[Report on the health of British troops in the Madras command]
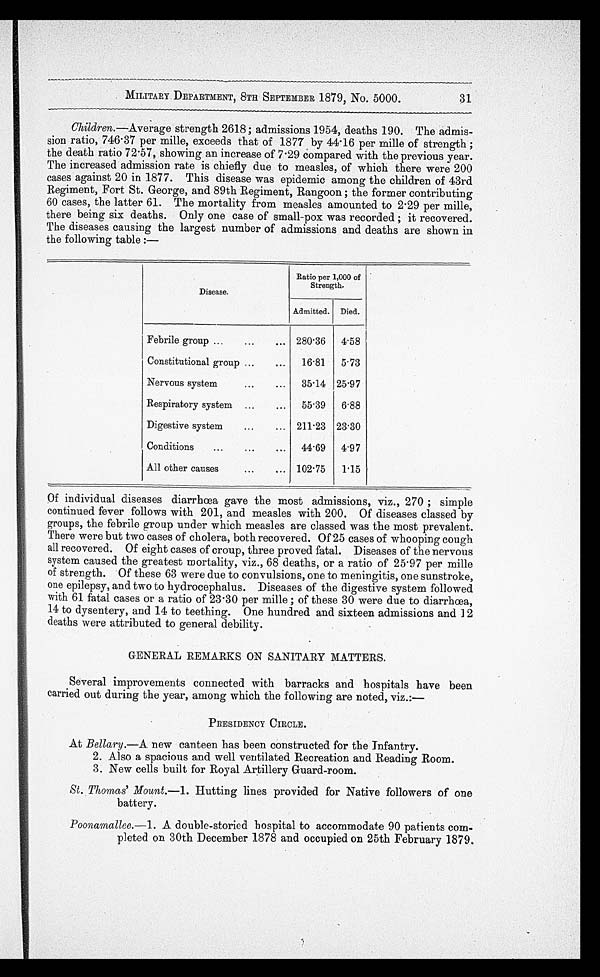
MILITARY DEPARTMENT, 8TH SEPTEMBER 1879, No. 5000.
Children.— Average strength 2618; admissions 1954, deaths 190. The admis
-sion ratio, 746.37 per mille, exceeds that of 1877 by 44.16 per mille of strength;
the death ratio 72.57, showing an increase of 7.29 compared with the previous year.
The increased admission rate is chiefly due to measles, of which there were 200
cases against 20 in 1877. This disease was epidemic among the children of 43rd
Regiment, Fort St. George, and 89th Regiment, Rangoon; the former contributing
60 cases, the latter 61. The mortality from measles amounted to 2.29 per mille,
there being six deaths. Only one case of small-pox was recorded; it recovered.
The diseases causing the largest number of admissions and deaths are shown in
the following table:—
Disease.
Ratio per 1,000 of
Strength.
Admitted. Died.
Febrile group . . . 280.36
4.58
Constitutional group . . .
16.81
5.73
Nervous system . . .
35.14 25.97
Respiratory system . . .
55.39
6.88
Digestive system . . . 211.23 23.30
Conditions . . .
44.69
4.97
All other causes . . . 102.75
1.15
Of individual diseases diarrhœa gave the most admissions, viz., 270; simple
continued fever follows with 201, and measles with 200. Of diseases classed by
groups, the febrile group under which measles are classed was the most prevalent.
There were but two cases of cholera, both recovered. Of 25 cases of whooping cough
all recovered. Of eight cases of croup, three proved fatal. Diseases of the nervous
system caused the greatest mortality, viz., 68 deaths, or a ratio of 25.97 per mille
of strength. Of these 63 were due to convulsions, one to meningitis, one sunstroke,
one epilepsy, and two to hydrocephalus. Diseases of the digestive system followed
with 61 fatal cases or a ratio of 23.30 per mille; of these 30 were due to diarrhœa,
14 to dysentery, and 14 to teething. One hundred and sixteen admissions and 12
deaths were attributed to general debility.
GENERAL REMARKS ON SANITARY MATTERS.
Several improvements connected with barracks and hospitals have been
carried out during the year, among which the following are noted, viz. :—
PRESIDENCY CIRCLE.
At Bellary.—A new canteen has been constructed for the Infantry.
2. Also a spacious and well ventilated Recreation and Reading Room.
3. New cells built for Royal Artillery Guard-room.
St. Thomas' Mount.— 1 . Hutting lines provided for Native followers of one
battery.
Poonamallee.—1. A double-storied hospital to accommodate 90 patients com
-pleted on 30th December 1878 and occupied on 25th February 1879.
31